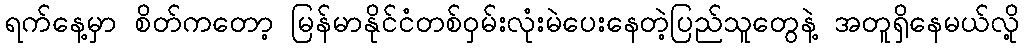
ရက်နေ့မှာ စိတ်ကတော့ မြန်မာနိုင်ငံတစ်ဝှမ်းလုံးမဲပေးနေတဲ့ပြည်သူတွေနဲ့ အတူရှိနေမယ်လို့